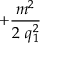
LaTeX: + \frac { m ^ { 2 } } { 2 \mathrm { ~ } q _ { 1 } ^ { 2 } }